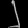
Digit: ၂